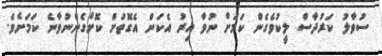
ސުވާލު ކަރުދާސް ލީކުވެގެން ކަމަށް ނުވާ އިރު އެކަން އެގޮތަށް ކޮށްގެންނުވާނެ ކަމަށެވެ.